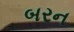
બરન